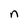
Character: n